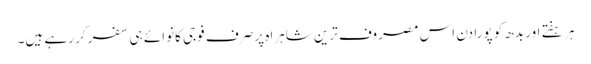
ہر ہفتے اور بدھ کو پورا دن اس مصروف ترین شاہراہ پر صرف فوجی کانوائے ہی سفر کر رہے ہیں۔